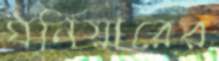
ঘনিয়ারের